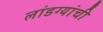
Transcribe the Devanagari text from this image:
लांडग्यांची